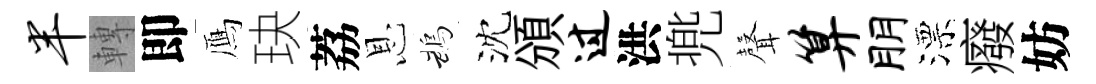
半轉即鴈玦荔恩鵡沈頒过洪兠𮋻算朋漂癈妨